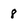
Character: 8